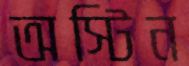
অস্টিন